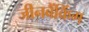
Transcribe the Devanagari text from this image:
जीनबैंकिंग